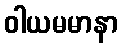
ဝါယမမာနာ